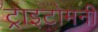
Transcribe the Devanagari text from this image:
ट्राइटोमनी